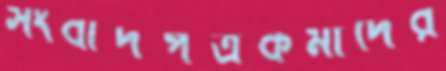
সংবাদপত্রকর্মীদের